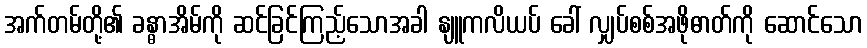
အက်တမ်တို့၏ ခန္ဓာအိမ်ကို ဆင်ခြင်ကြည့်သောအခါ နျူကလိယပ် ခေါ် လျှပ်စစ်အဖိုဓာတ်ကို ဆောင်သော